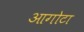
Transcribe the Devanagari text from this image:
आगोटा